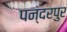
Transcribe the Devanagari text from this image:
पन्दरपुर